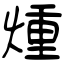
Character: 煄